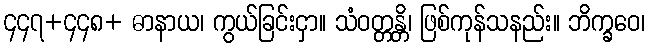
၄၄၇+၄၄၈+ ဓာနာယ၊ ကွယ်ခြင်းငှာ။ သံဝတ္တန္တိ၊ ဖြစ်ကုန်သနည်း။ ဘိက္ခဝေ၊